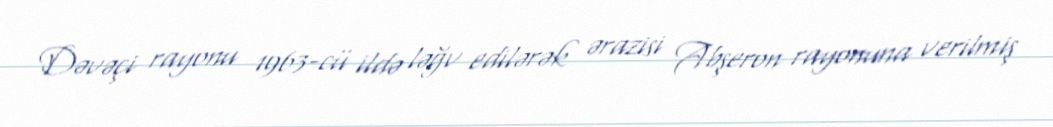
Dəvəçi rayonu 1963-cü ildə ləğv edilərək ərazisi Abşeron rayonuna verilmiş